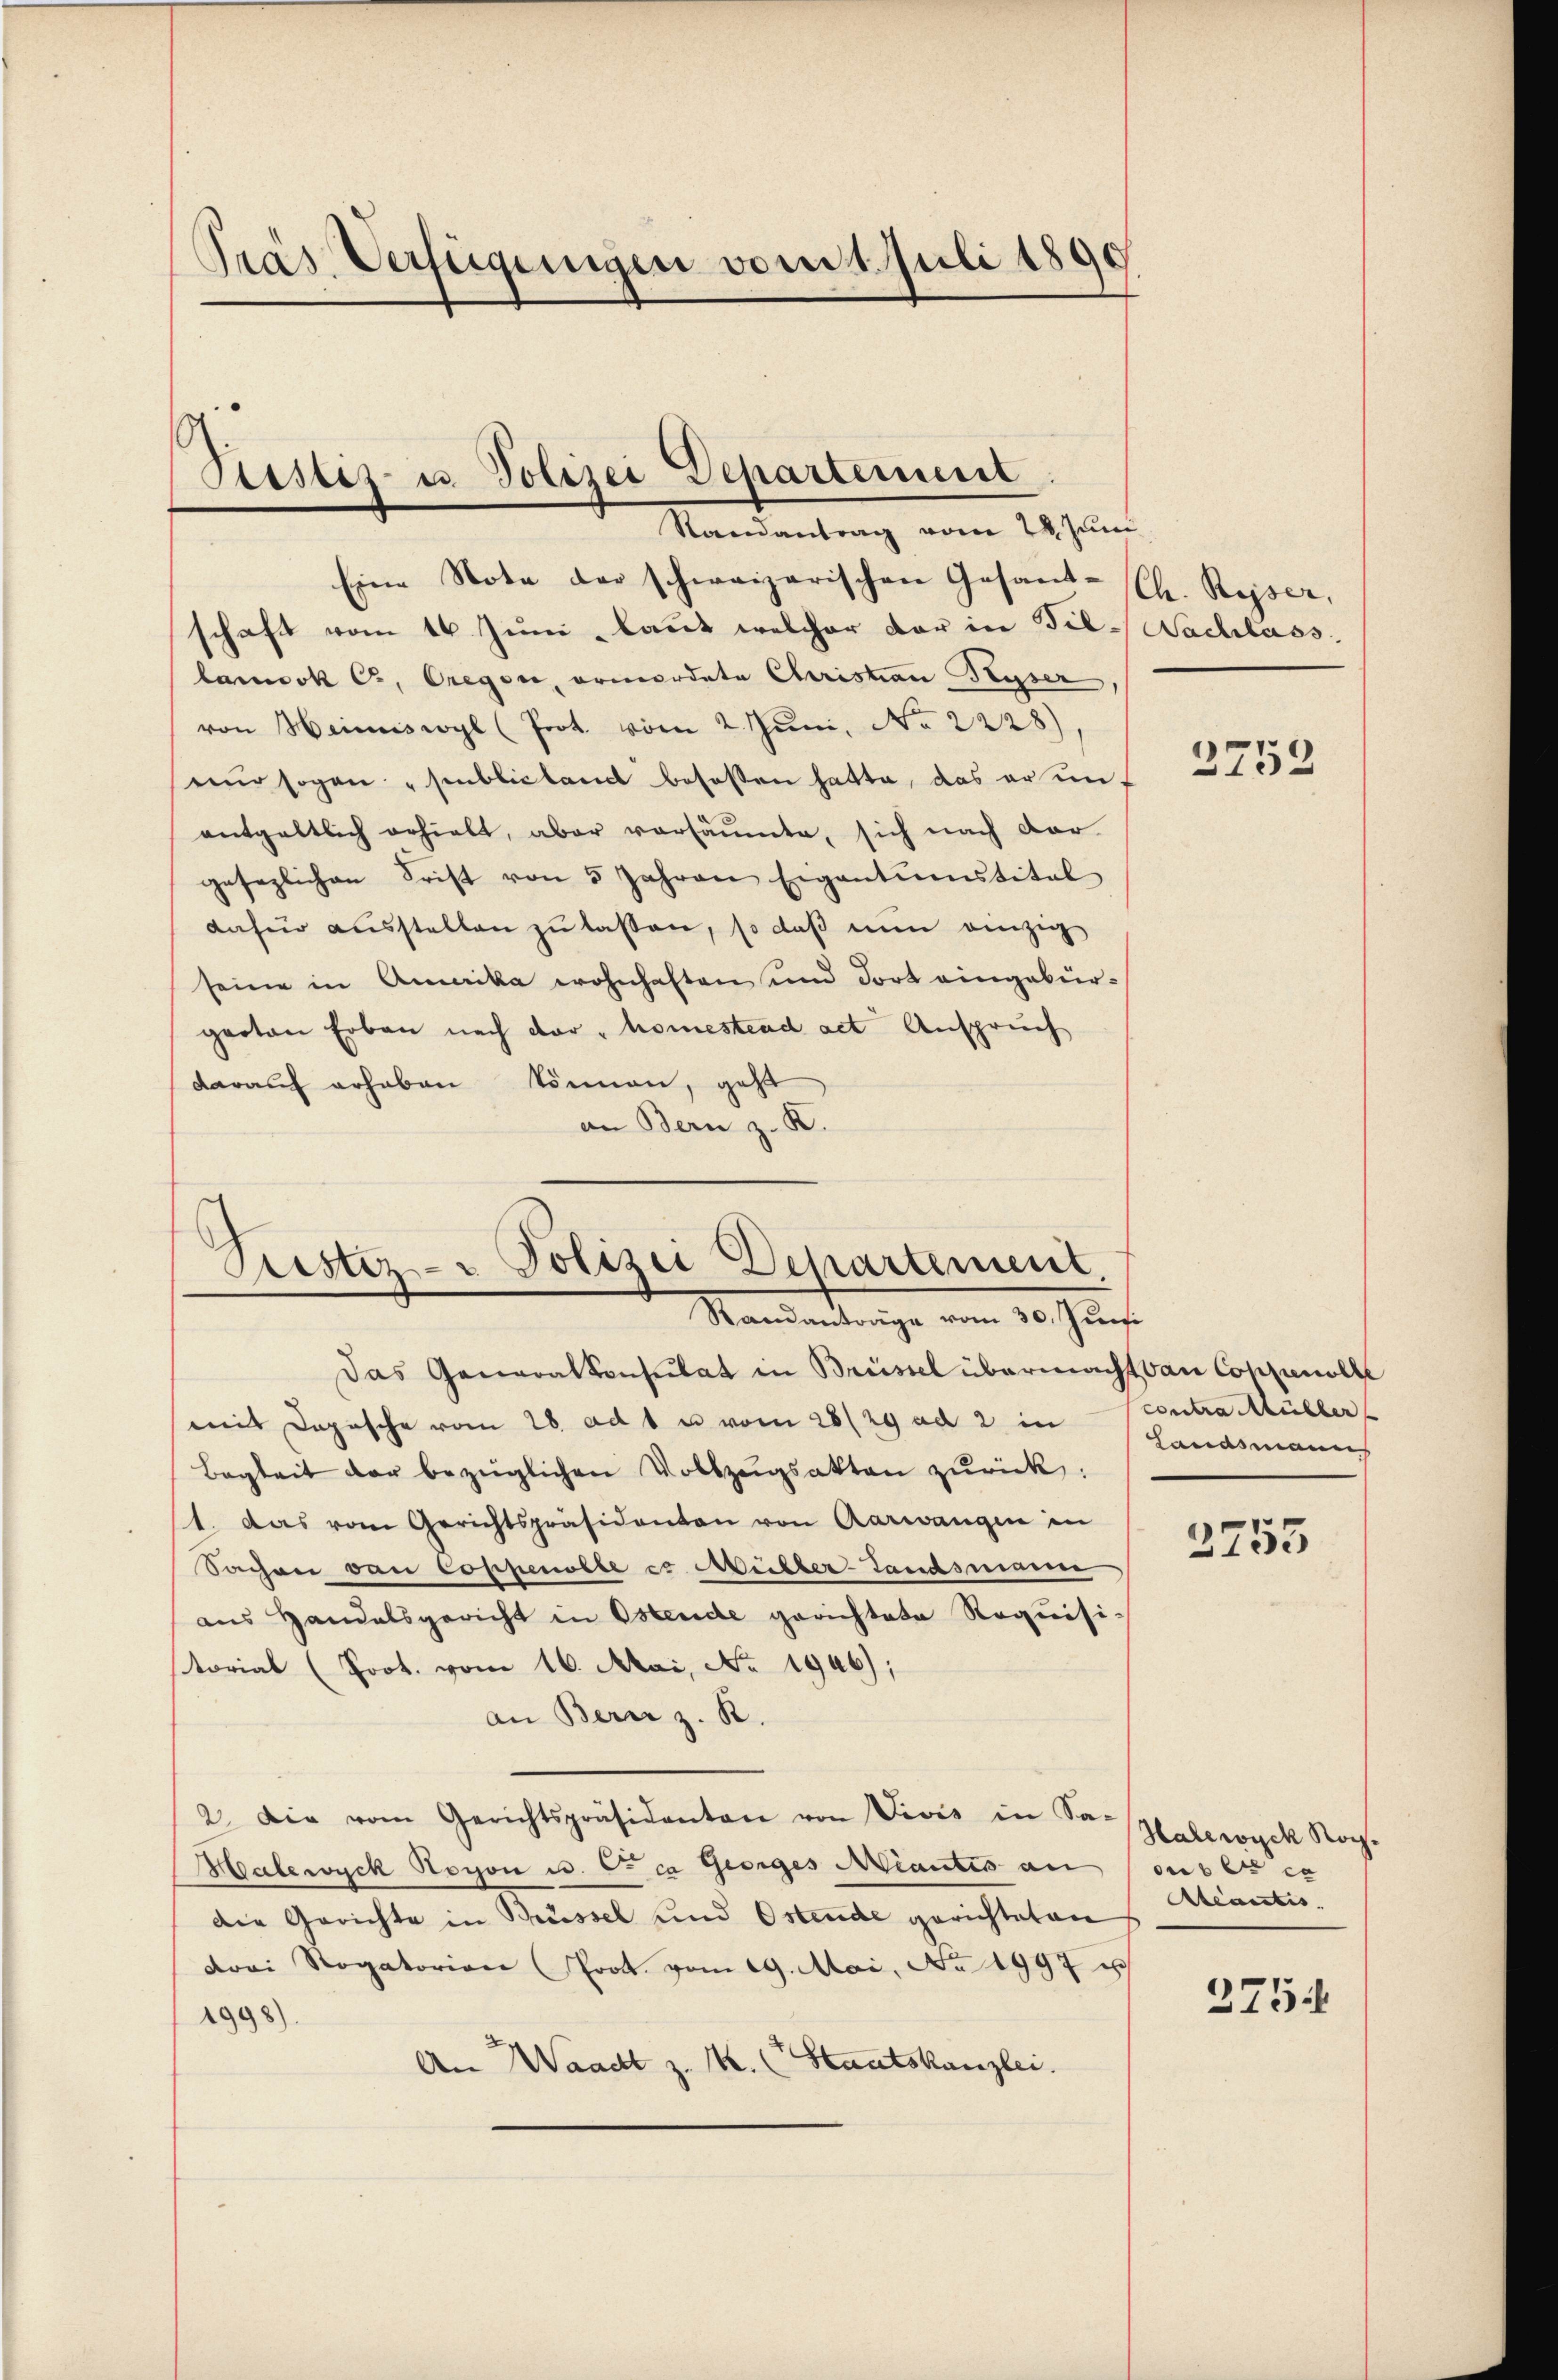
Pras Verfügungen vom 1. Juli 1890
e

Ptistiz- u. Polizei Departement
Randantrag vom 24. Juni

Eine Note der schweizerischen Gesant-(Ch. Reser,
schaft vom 16. Juni laut welcher der in Bil- Nachlass.
larneck C, Oregor, ermordete Christian Ryser,
von Heimswyl (Prot. vom 2. Juni, No 2228),
nur sogen „sublicant besaßen hatte, das er unentgeltlich erhielt, aber vorsäumte, sich nach dar
gesezlichen Frist von 5 Jahren Eigentumstitel
dafür ausstellen zu laßen, so daß nun einzig
seine in Amerika wohnhaften und dort eingebürgarten Erbau nach der - homestend act. Anspruch
darauf erhaben können, geht
an Bern z. K.

Ristiz- & Polizei Departement
Manientenige vom 20. Janf

Das Generalkonsulat in Brüssel übermacht van Consunolle
mit Dopische vom 28. ad 1 u vom 28/29 ad 2 in
Begleit der bezüglichen Vollzeigsakten zurück:
1. Das vom Gerichtspräsidenten von Aarwangen in
Sachen von Coppenolle er Müller-Landsmanne
aus Handelsgericht in Ostende gerichtete Requisi-
torial (Prot. vom 16. Mai, No. 1946);
an Bern z. R.
2. Die vom Gerichtspräsidenten von Vivis in Sa-
Malewyck Hoyon u. Ceca Georges Niantis an
die Gerichte in Brüssel und Ostende gerichteten
drei Rogatorian Prot. vom 19. Mai, No 1997 u
1998).
An Waadt z. M. (Staatskanzlei.

2753

contra Müller
Landsmanns

3755

Halewyck Nog.
ous ce
Aeactis.
275.